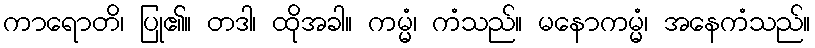
ကာရောတိ၊ ပြု၏။ တဒါ၊ ထိုအခါ။ ကမ္မံ၊ ကံသည်။ မနောကမ္မံ၊ အနေကံသည်။